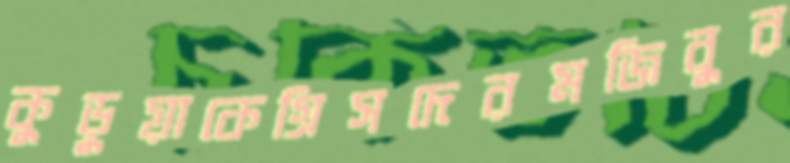
কুড়ুয়াকেগ্রিসদেরমজিবুর